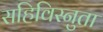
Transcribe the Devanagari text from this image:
सहिविस्नुता